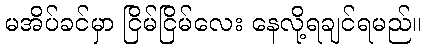
မအိပ်ခင်မှာ ငြိမ်ငြိမ်လေး နေလို့ရချင်ရမည်။